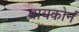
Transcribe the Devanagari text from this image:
बायकोनं